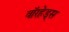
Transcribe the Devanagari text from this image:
वाॅरहेड्स